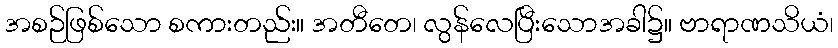
အစဉ်ဖြစ်သော စကားတည်း။ အတီတေ၊ လွန်လေပြီးသောအခါ၌။ ဗာရာဏသိယံ၊